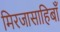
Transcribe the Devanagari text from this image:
मिरजासाहिबाँ